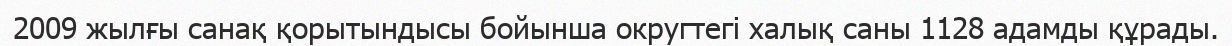
2009 жылғы санақ қорытындысы бойынша округтегі халық саны 1128 адамды құрады.